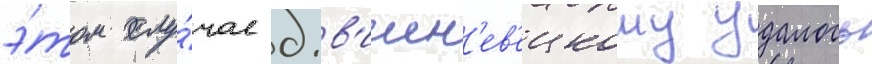
э́том слу́чае д.в'ишн'ев'ецкому удалось